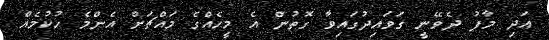
އަދި މާފު ދެވޭނީ ގަވައިދުގައިވާ ގޮތުން އެ މީހެއްގެ މައްޗަށް އެންމެ ހުކުމެއް